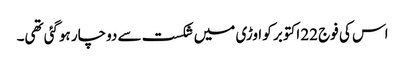
اس کی فوج 22 اکتوبر کو اوڑی میں شکست سے دوچار ہوگئی تھی۔